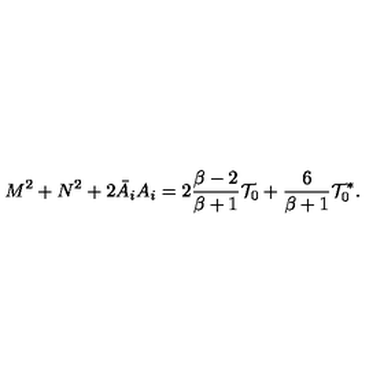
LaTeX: M ^ { 2 } + N ^ { 2 } + 2 \bar { A } _ { i } A _ { i } = 2 { \frac { \beta - 2 } { \beta + 1 } } { \cal T } _ { 0 } + { \frac { 6 } { \beta + 1 } } { \cal T } _ { 0 } ^ { * } .